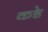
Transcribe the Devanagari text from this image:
कष्टे